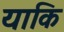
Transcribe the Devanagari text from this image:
याकि